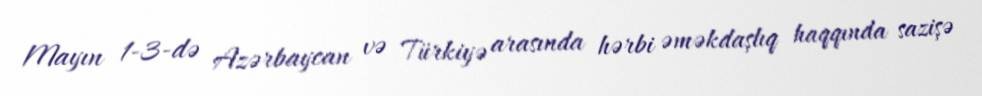
Mayın 1-3-də Azərbaycan və Türkiyə arasında hərbi əməkdaşlıq haqqında sazişə